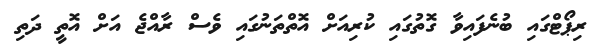
ރިޕޯޓްގައި ބުނެފައިވާ ގޮތުގައި ކުރިއަށް އޮތްތަނުގައި ވެސް ރާއްޖެ އަށް އޮތީ ދަތި